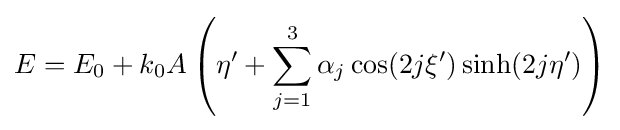
E=E_{0}+k_{0}A\left(\eta '+\sum _{j=1}^{3}\alpha _{j}\cos(2j\xi ')\sinh(2j\eta ')\right)